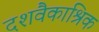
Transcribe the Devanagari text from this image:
दशवैकाश्रिक